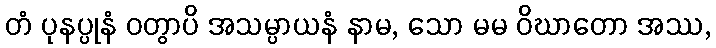
တံ ပုနပ္ပုနံ ဝတွာပိ အသမ္ပာယနံ နာမ, သော မမ ဝိဃာတော အဿ,